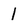
Character: 1